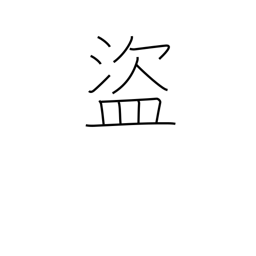
Meaning: thief